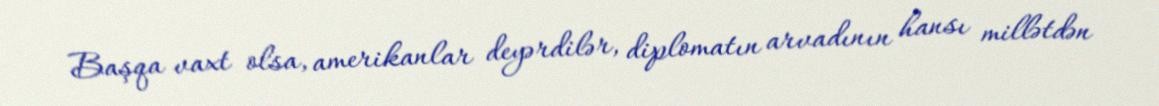
Başqa vaxt olsa, amerikanlar deyərdilər, diplomatın arvadının hansı millətdən